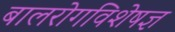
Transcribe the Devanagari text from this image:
बालरोगविशेषज्ञ